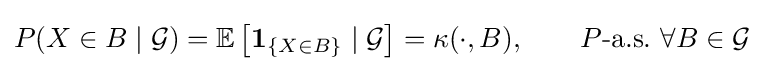
P(X\in B\mid {\mathcal {G}})=\mathbb {E} \left[\mathbf {1} _{\{X\in B\}}\mid {\mathcal {G}}\right]=\kappa (\cdot ,B),\qquad P{\text{-a.s.}}\,\,\forall B\in {\mathcal {G}}